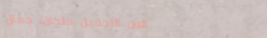
صالون التجميل ملكان: جمال